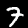
Digit: 7